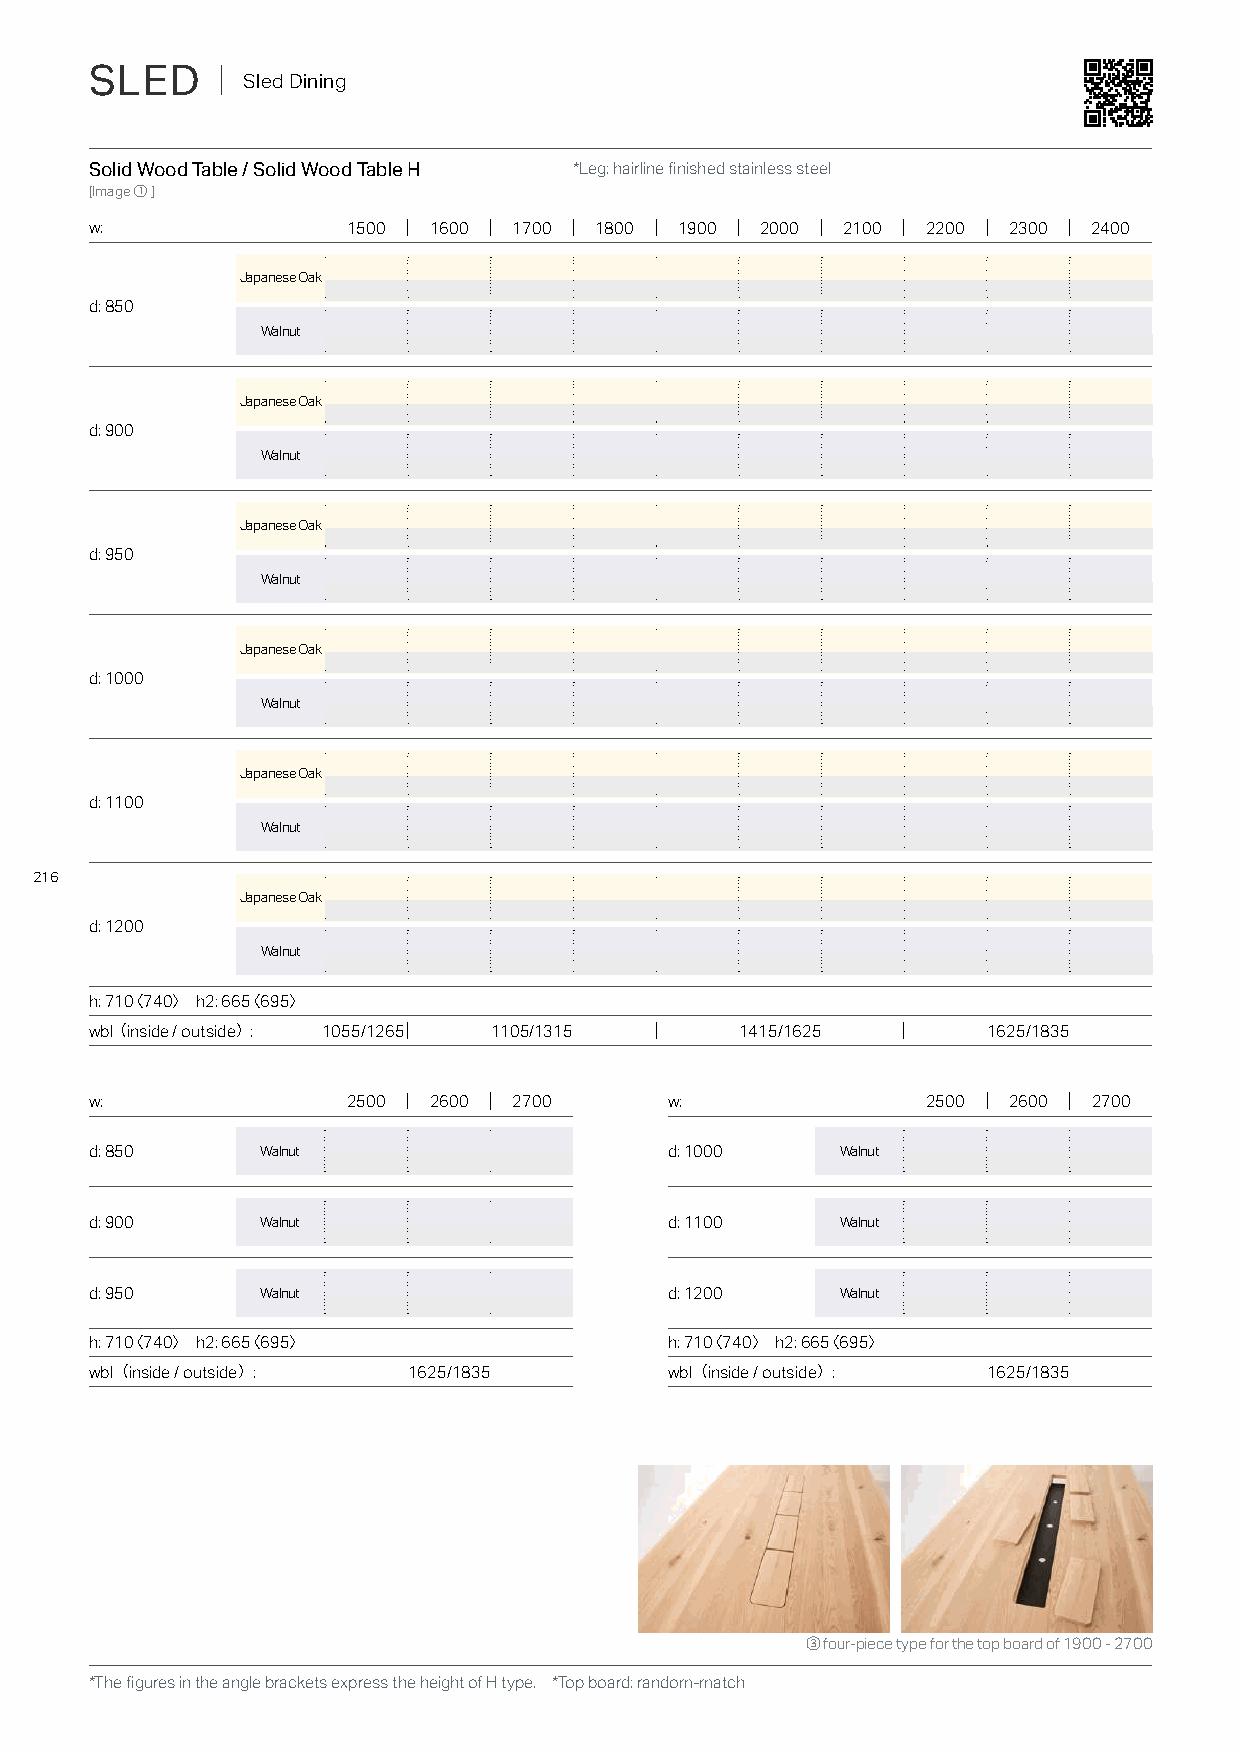
SLED    ｜ Sled Dining
 Solid Wood Table / Solid Wood Table H *Leg: hairline finished stainless steel
 [Image①]
 w:               1500 1600  1700 1800  1900 2000  2100 2200  2300 2400
 Japanese Oak
 d: 850
 Walnut
 Japanese Oak
 d: 900
 Walnut
 Japanese Oak
 d: 950
 Walnut
 Japanese Oak
 d: 1000
 Walnut
 Japanese Oak
 d: 1100
 Walnut
 216
 Japanese Oak
 d: 1200
 Walnut
 h: 710〈740〉 h2: 665〈695〉
 wbl（inside / outside）: 1055/1265 1105/1315 1415/1625       1625/1835
 w:               2500 2600  2700      w:               2500  2600 2700
 d: 850     Walnut                     d: 1000     Walnut
 d: 900     Walnut                     d: 1100     Walnut
 d: 950     Walnut                     d: 1200     Walnut
 h: 710〈740〉 h2: 665〈695〉              h: 710〈740〉 h2: 665〈695〉
 wbl（inside / outside）: 1625/1835      wbl（inside / outside）: 1625/1835
 ③ four-piece type for the top board of 1900 - 2700
 *The figures in the angle brackets express the height of H type. *Top board: random-match